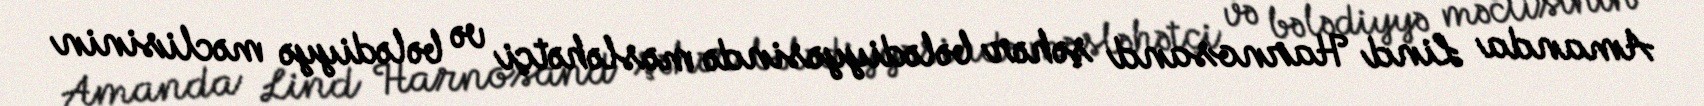
Amanda Lind Harnosand şəhər bələdiyyəsində məsləhətçi və bələdiyyə məclisinin